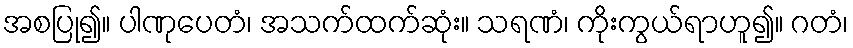
အစပြု၍။ ပါဏုပေတံ၊ အသက်ထက်ဆုံး။ သရဏံ၊ ကိုးကွယ်ရာဟူ၍။ ဂတံ၊